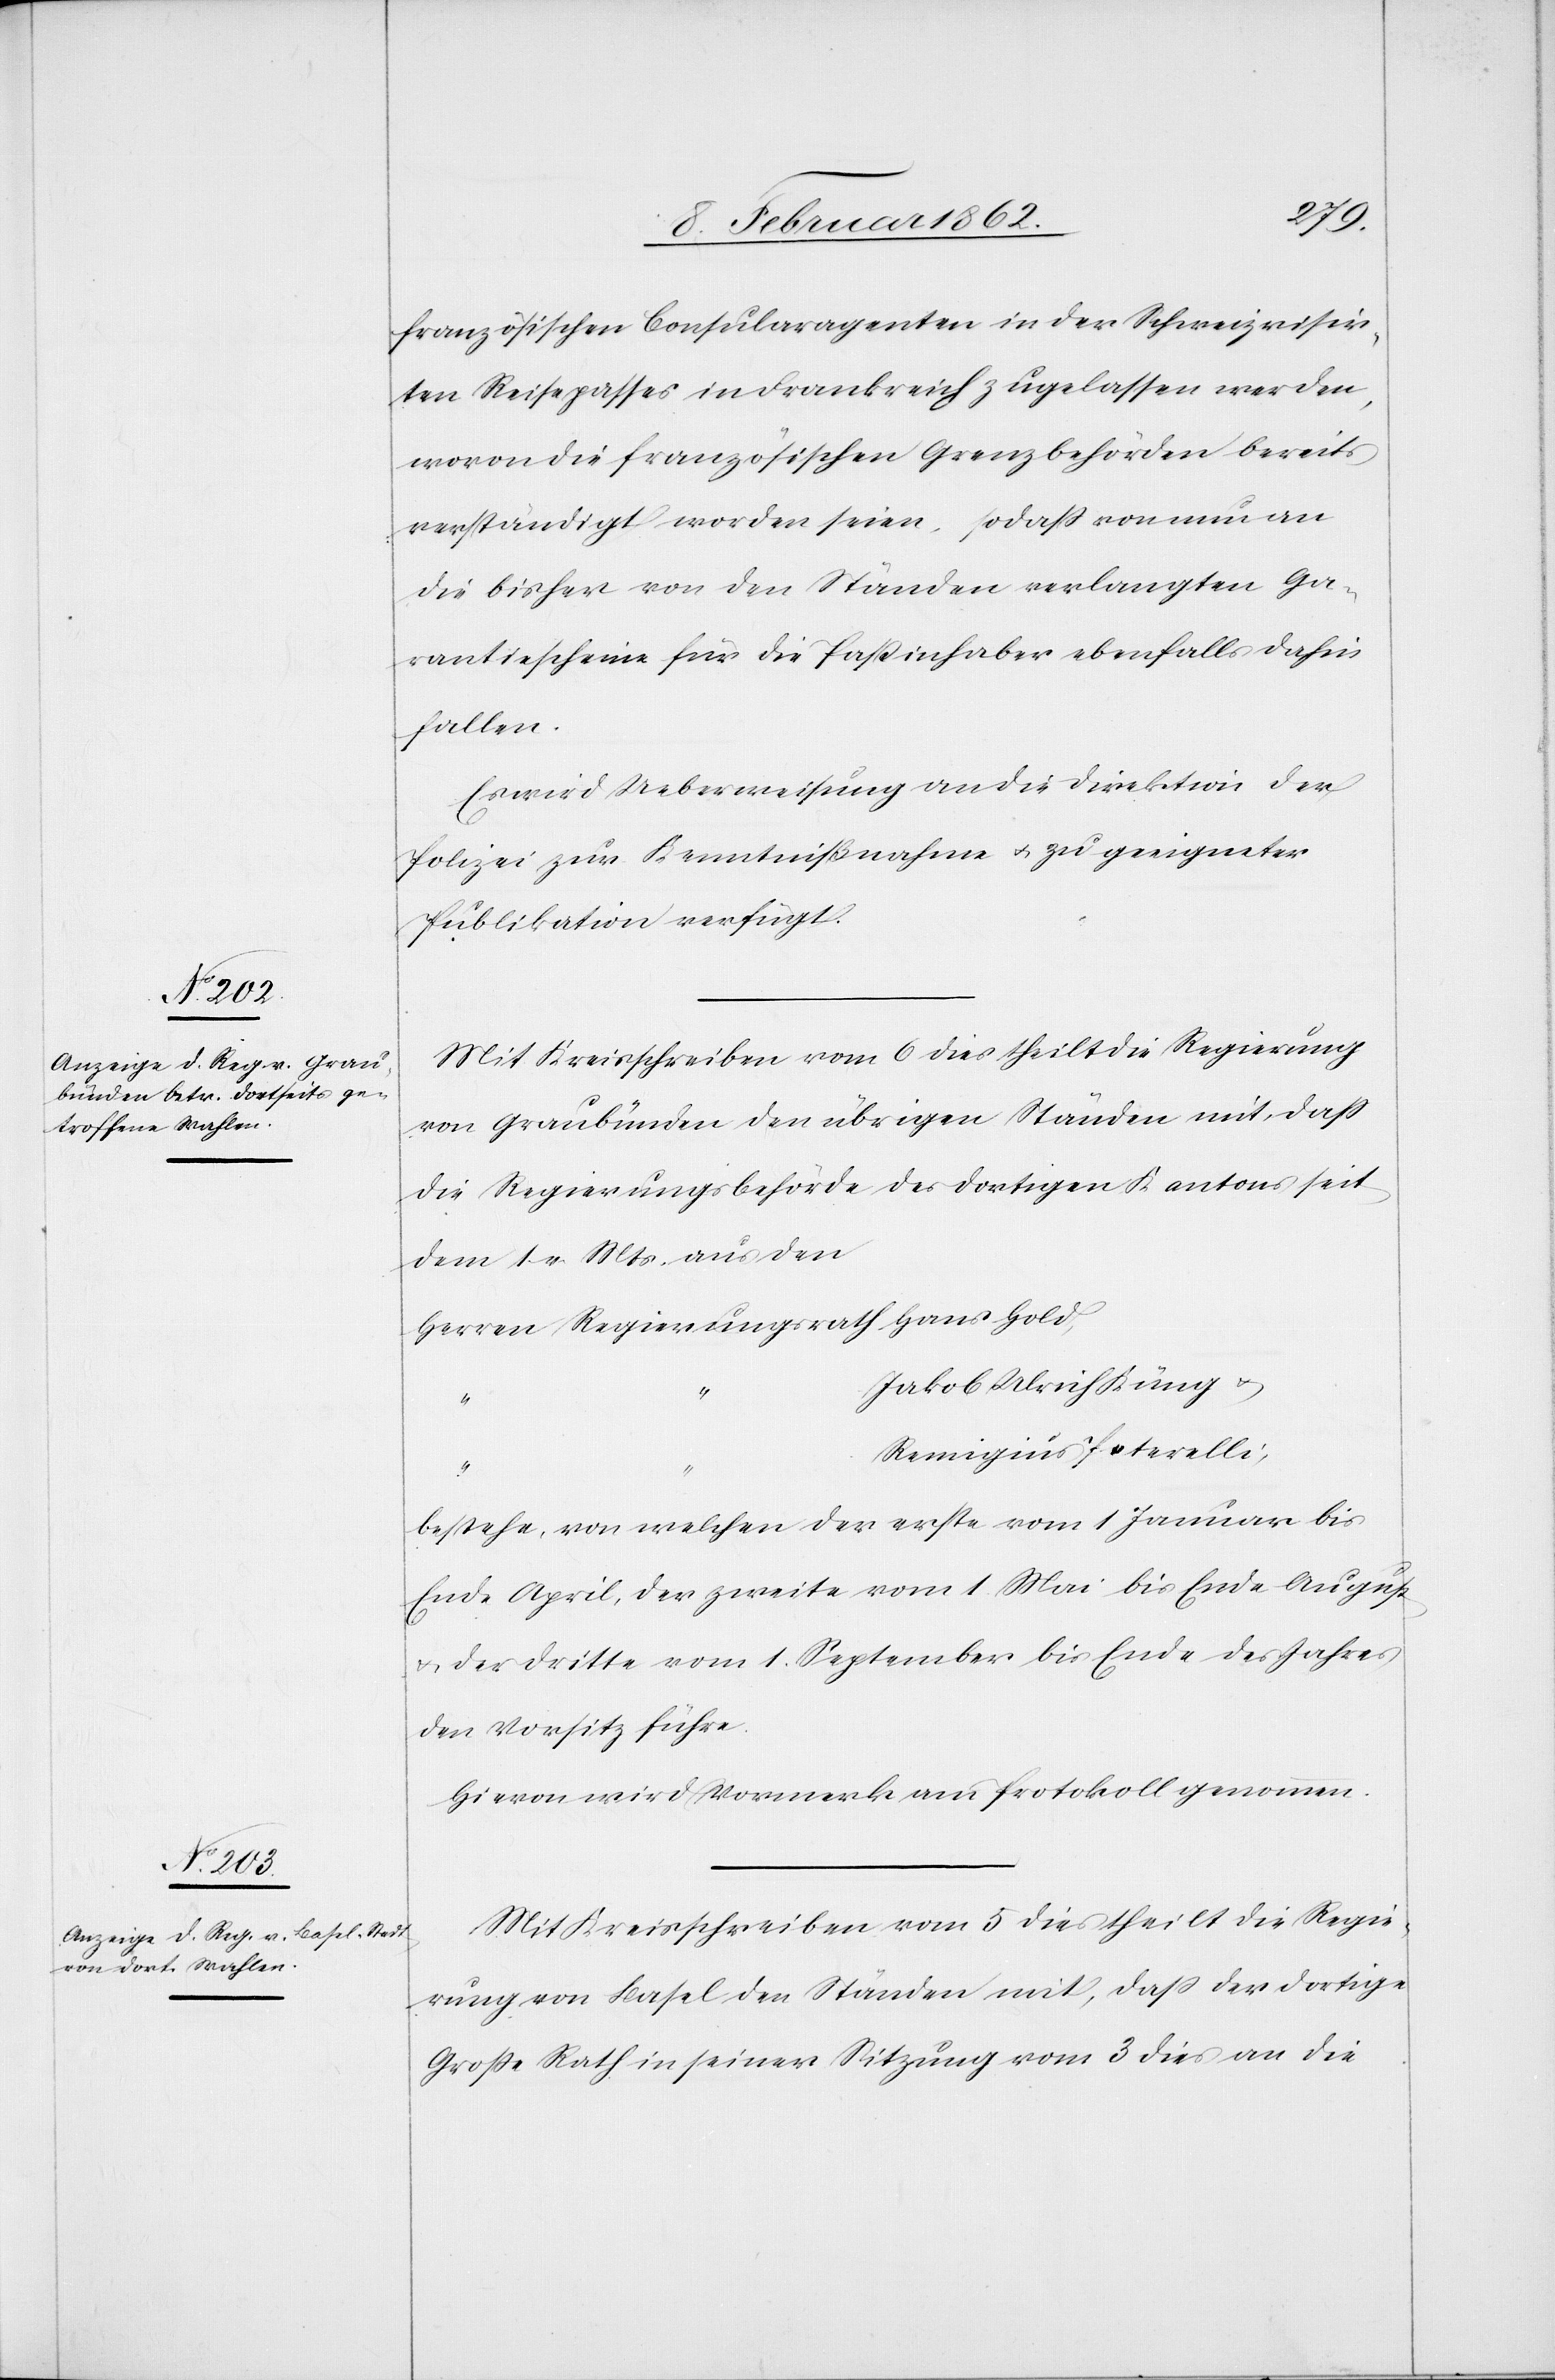
französischen Consularagenten in der Schweiz visir¬
ten Reisepasses in Frankreich zugelassen werden,
wovon die französischen Grenzbehörden bereits
verständigt worden seien, sodaß von nun an
die bisher von den Ständen verlangten Ga¬
rantiescheine für die Paßinhaber ebenfalls dahin
fallen.
Es wird Ueberweisung an die Direktion der
Polizei zur Kenntnißnahme u. zu geeigneter
Publikation verfügt.
Mit Kreisschreiben vom 6 dies theilt die Regierung
von Graubünden den übrigen Ständen mit, daß
die Regierungsbehörde des dortigen Kantons seit
dem 1 v. Mts. aus den
Herren Regierungsrath Hans Hold,
Jakob Ulrich Küng u.
Remigius Peterelli,
bestehe, von welchen der erste vom 1 Januar bis
Ende April, der zweite vom 1 Mai bis Ende August
u. der dritte vom 1. September bis Ende des Jahres
den Vorsitz führe.
Hievon wird Vormerk am Protokoll genommen.
Mit Kreisschreiben vom 5 dies theilt die Regie¬
rung von Basel den Ständen mit, daß der dortige
Große Rath in seiner Sitzung vom 3 dies an die